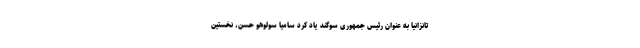
تانزانیا به عنوان رئيس جمهوری سوگند یاد کرد سامیا سولوهو حسن، نخستین